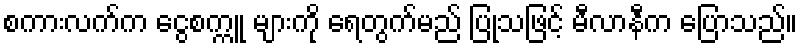
စကားလက်က ငွေစက္ကူ များကို ရေတွက်မည် ပြုသဖြင့် မီလာနီက ပြောသည်။